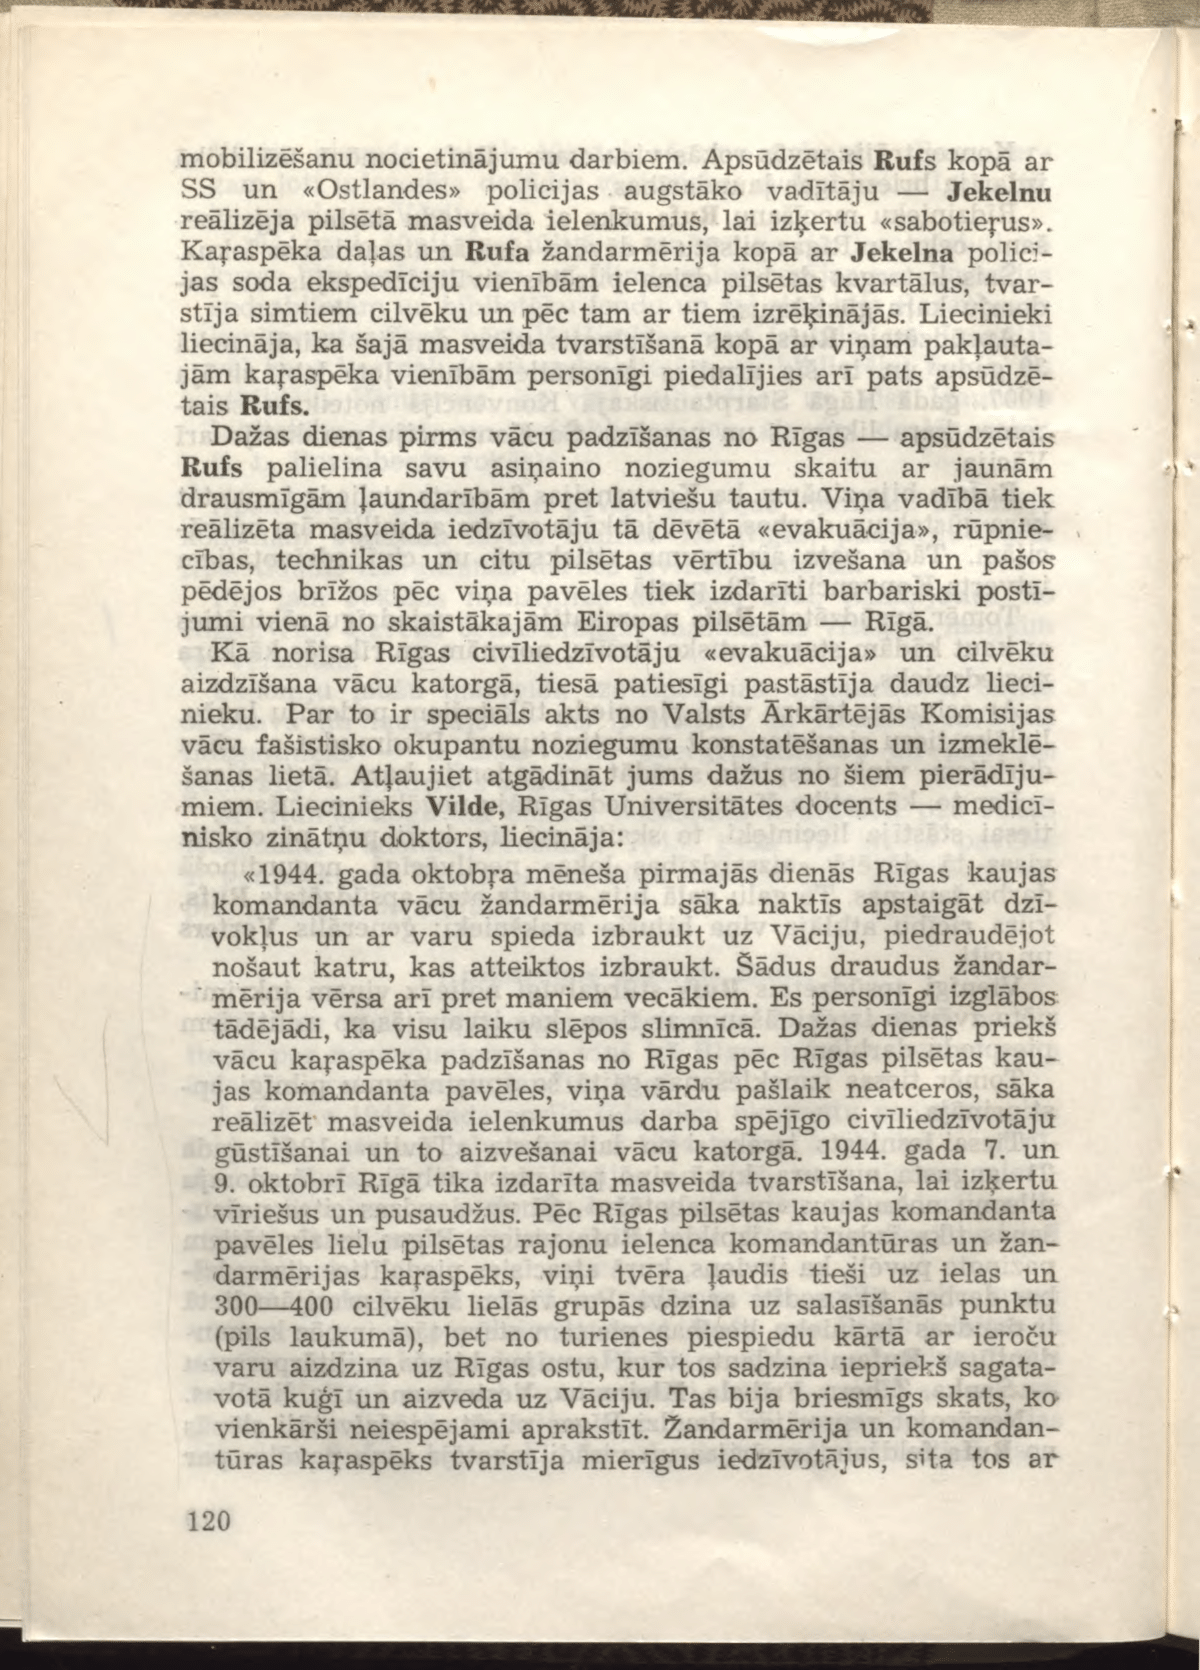
Language: lv